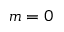
m = 0